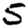
Digit: 5